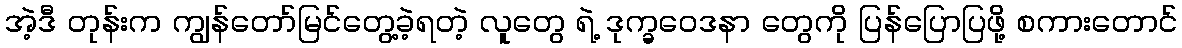
အဲ့ဒီ တုန်းက ကျွန်တော်မြင်တွေ့ခဲ့ရတဲ့ လူတွေ ရဲ့ ဒုက္ခဝေဒနာ တွေကို ပြန်ပြောပြဖို့ စကားတောင်